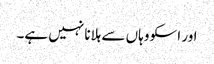
اور اسکو وہاں سے ہلانا نہیں ہے۔